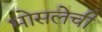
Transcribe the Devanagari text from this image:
भोसलेची